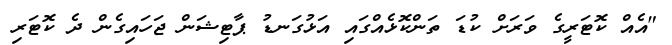
"އެއް ކޮޓަރީގެ ވަރަށް ކުޑަ ތަންކޮޅެއްގައި އަޅުގަނޑު ޕާޓިޝަން ޖަހައިގެން ދެ ކޮޓަރި